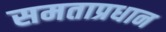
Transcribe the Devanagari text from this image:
समताप्रधान